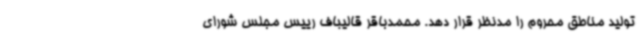
تولید مناطق محروم را مدنظر قرار دهد. محمدباقر قالیباف رییس مجلس شورای